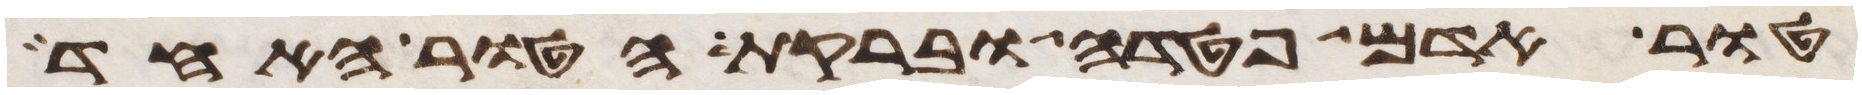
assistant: טור אדם פטדה וברקת הטור האחד